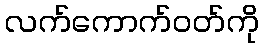
လက်ကောက်ဝတ်ကို